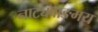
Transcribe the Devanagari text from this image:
नाट्यवाङ्‌मय